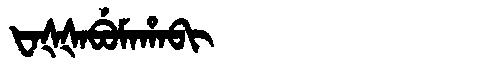
Manchu: ᡶᠠᡧᡧᠠᠪᡠᠮᠠᡥᠠᠪᡳ
Romanization: FAŠŠABUMAHABI